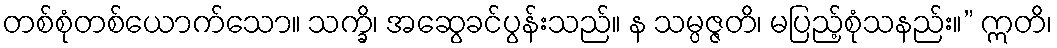
တစ်စုံတစ်ယောက်သော။ သက္ခိ၊ အဆွေခင်ပွန်းသည်။ န သမ္ပဇ္ဇတိ၊ မပြည့်စုံသနည်း။” ဣတိ၊